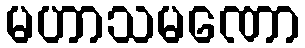
မဟာသမဏော